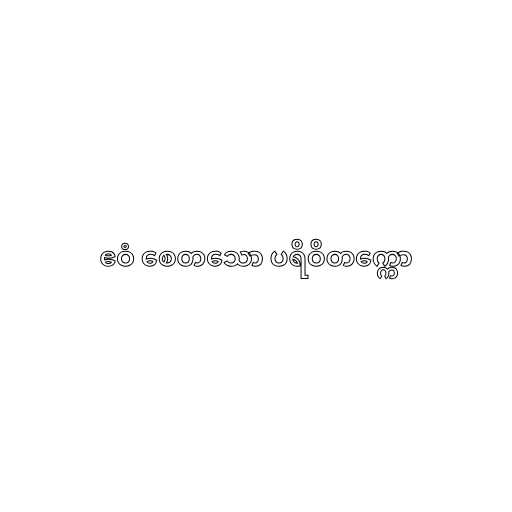
ဧဝံ စေတသော ပရိဝိတက္ကော